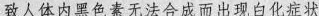
致人体内黑色素无法合成而出现白化症状